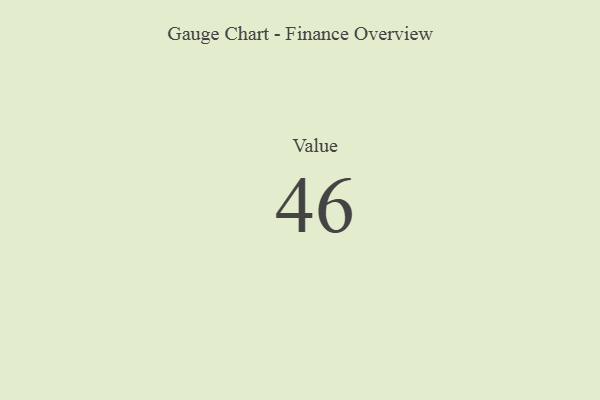
{"axis": {"x": "Metric", "y": "Value"}, "legend": [""], "data": [{"x": "Value", "y": 46, "type": ""}]}